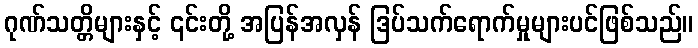
ဂုဏ်သတ္တိများနှင့် ၎င်းတို့ အပြန်အလှန် ဒြပ်သက်ရောက်မှုများပင်ဖြစ်သည်။